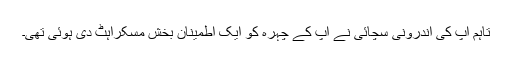
تاہم آپ کی اندرونی سچائی نے آپ کے چہرہ کو ایک اطمینان بخش مسکراہٹ دی ہوئی تھی۔